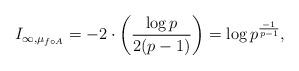
LaTeX: \begin{gather*} I_{\infty,\mu_{f\circ A}}=-2\cdot\biggl(\frac{\log p}{2(p-1)}\biggr) =\log p^{\frac{-1}{p-1}},\end{gather*}